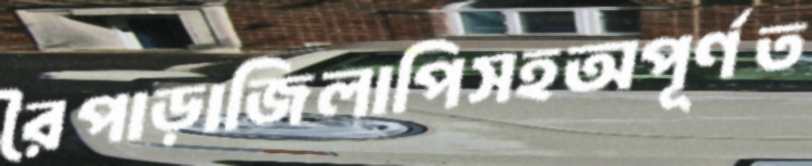
রৈপাড়াজিলাপিসহঅপূর্ণত